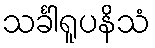
သင်္ခါရူပနိသံ